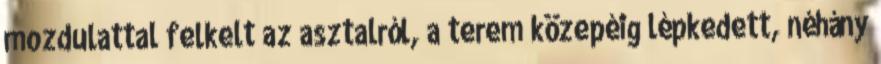
mozdulattal felkelt az asztalról, a terem közepéig lépkedett, néhány